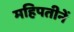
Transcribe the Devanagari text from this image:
महिपतीनें